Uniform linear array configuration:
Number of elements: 64
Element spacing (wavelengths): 0.75
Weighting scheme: hann
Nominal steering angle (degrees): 30
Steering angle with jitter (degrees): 30.756
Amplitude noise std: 0.05
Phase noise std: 0.05

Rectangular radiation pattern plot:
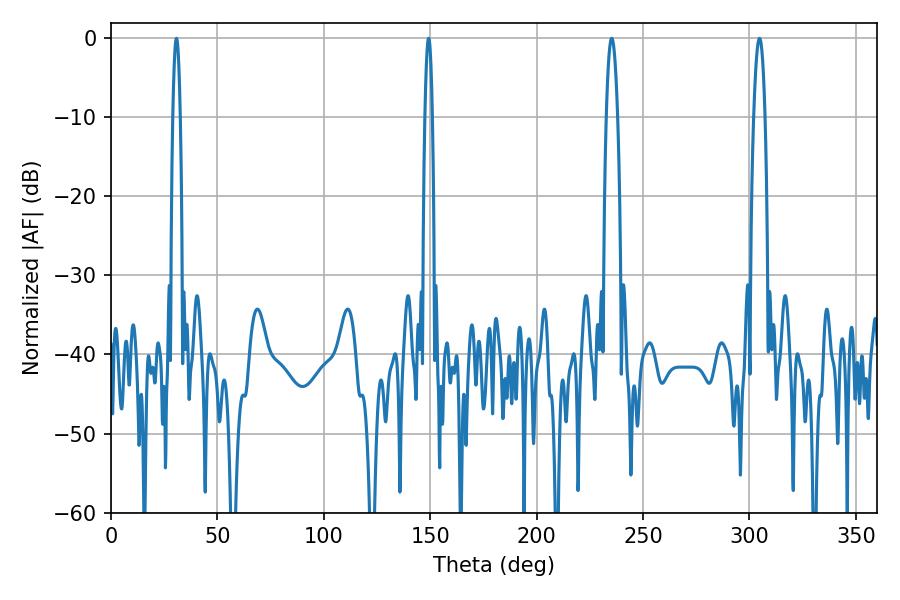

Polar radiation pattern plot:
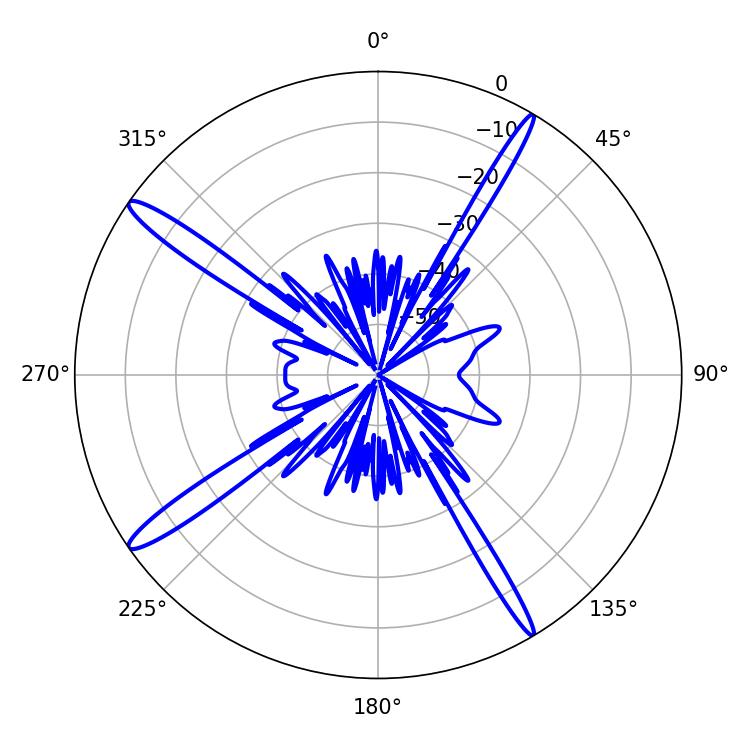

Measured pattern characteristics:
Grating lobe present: TRUE
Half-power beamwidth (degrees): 2.88
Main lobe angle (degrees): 235.26